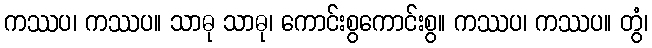
ကဿပ၊ ကဿပ။ သာဓု သာဓု၊ ကောင်းစွကောင်းစွ။ ကဿပ၊ ကဿပ။ တွံ၊